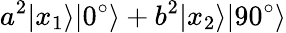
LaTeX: a^{2}|x_{1}\rangle|0^{\circ}\rangle+b^{2}|x_{2}\rangle|90^{\circ}\rangle